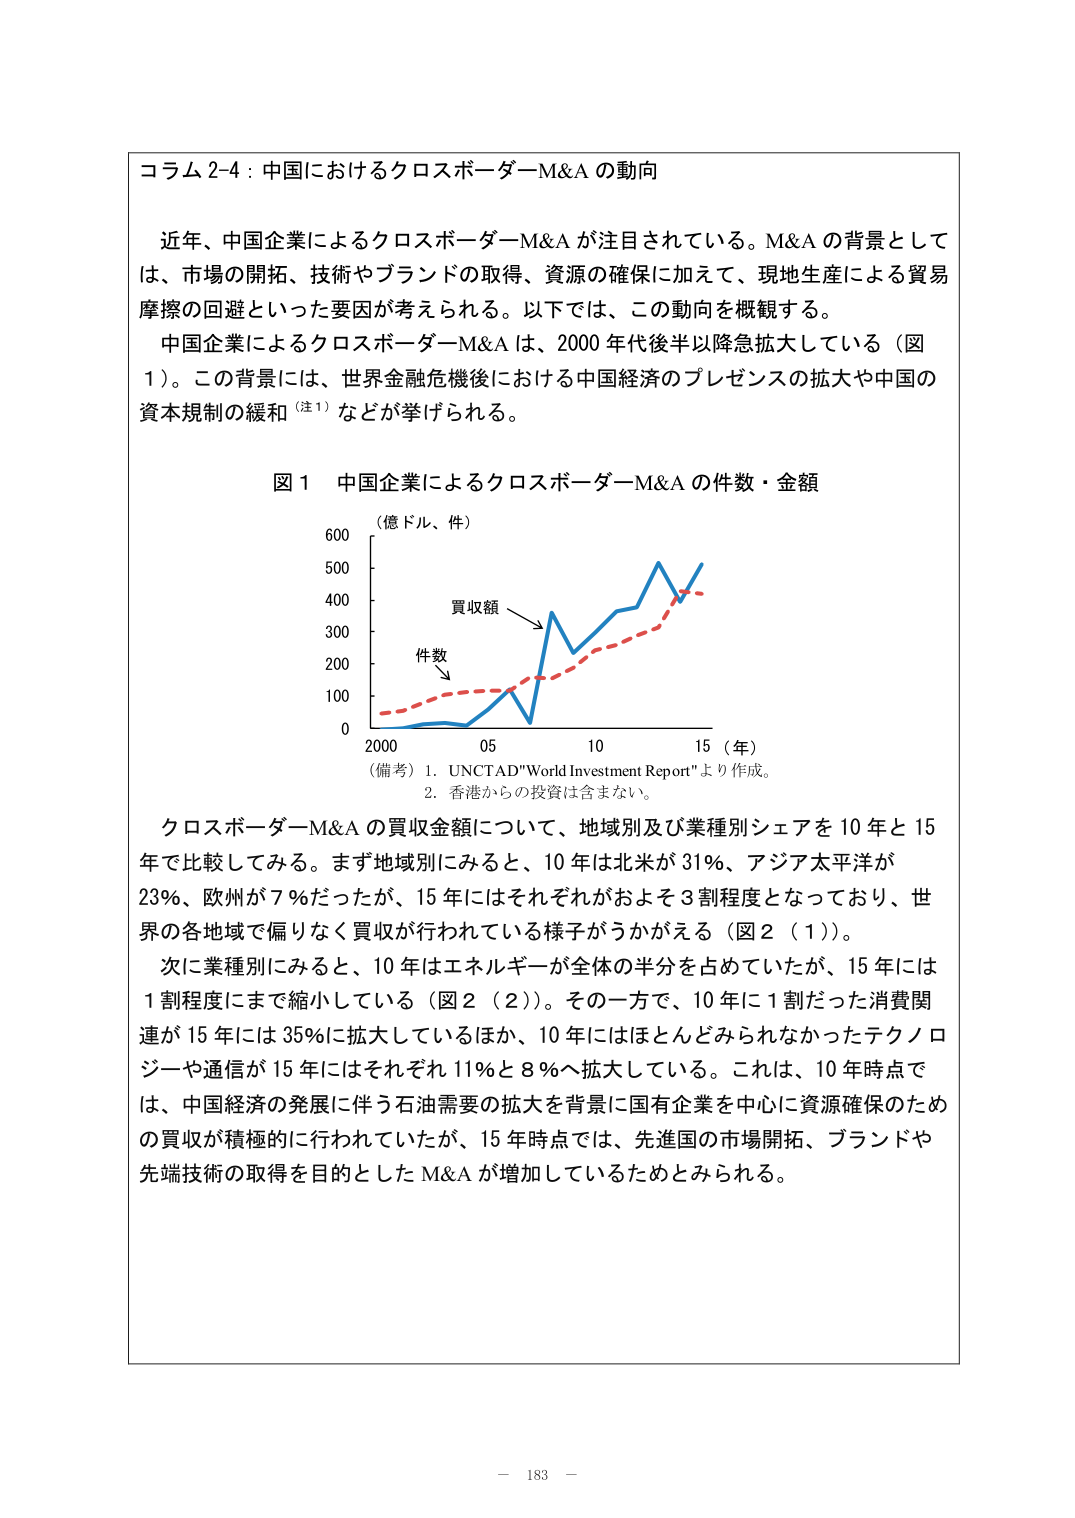
コラム 2-4：中国におけるクロスボーダーM&A の動向

近年、中国企業によるクロスボーダーM&A が注目されている。M&A の背景としては、市場の開拓、技術やブランドの取得、資源の確保に加えて、現地生産による貿易摩擦の回避といった要因が考えられる。以下では、この動向を概観する。

中国企業によるクロスボーダーM&A は、2000 年代後半以降急拡大している（図 1）。この背景には、世界金融危機後における中国経済のプレゼンスの拡大や中国の資本規制の緩和（注1）などが挙げられる。

図 1　中国企業によるクロスボーダーM&A の件数・金額

（億ドル、件）
600
500
400
300
200
100
0
2000　　05　　10　　15（年）

買収額
件数

（備考）1. UNCTAD"World Investment Report"より作成。
　　　　2. 香港からの投資は含まない。

クロスボーダーM&A の買収金額について、地域別及び業種別シェアを 10 年と 15 年で比較してみる。まず地域別にみると、10 年は北米が 31%、アジア太平洋が 23%、欧州が 7%だったが、15 年にはそれぞれがおよそ 3 割程度となっており、世界の各地域で偏りなく買収が行われている様子がうかがえる（図 2（1））。

次に業種別にみると、10 年はエネルギーが全体の半分を占めていたが、15 年には 1 割程度にまで縮小している（図 2（2））。その一方で、10 年に 1 割だった消費関連が 15 年には 35%に拡大しているほか、10 年にはほとんどみられなかったテクノロジーや通信が 15 年にはそれぞれ 11% と 8%へ拡大している。これは、10 年時点では、中国経済の発展に伴う石油需要の拡大を背景に国有企業を中心に資源確保のための買収が積極的に行われていたが、15 年時点では、先進国の市場開拓、ブランドや先端技術の取得を目的とした M&A が増加しているためとみられる。

－ 183 －